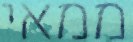
ממאי